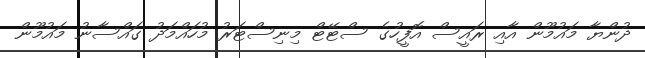
ދުންޔާ މައުމޫން އާއި ރައީސް އޮފީހުގެ ސްޓޭޓް މިނިސްޓަރު މުހައްމަދު ގައްސާނު މައުމޫން